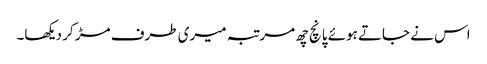
اس نے جاتے ہوئے پانچ چھ مرتبہ میری طرف مڑ کر دیکھا۔